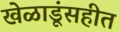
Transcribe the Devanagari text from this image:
खेळाडूंसहीत